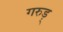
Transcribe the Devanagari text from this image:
गरुड़्